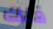
ذلك